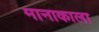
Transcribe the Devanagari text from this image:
मानाकाला